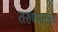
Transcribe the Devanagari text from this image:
तरुणांनाच